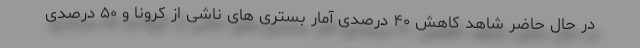
در حال حاضر شاهد کاهش ۴۰ درصدی آمار بستری های ناشی از کرونا و ۵۰ درصدی